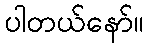
ပါတယ်နော်။